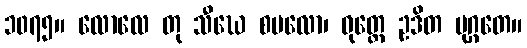
၁၀၇၅။ လောလေ တု သီဃေ စပလော၊ ဝုတ္တေ ဥဒိတ မုဂ္ဂတေ။